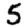
Digit: 5